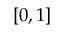
[ 0 , 1 ]